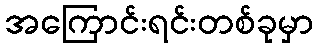
အကြောင်းရင်းတစ်ခုမှာ